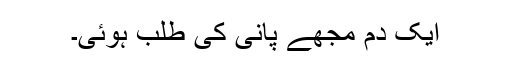
ایک دم مجھے پانی کی طلب ہوئی۔